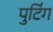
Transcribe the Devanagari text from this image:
पुटिंग